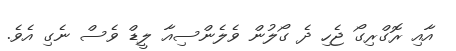
އާއި ރޮގްރިގޯ ޖެހި ދެ ގޯލުން ވެލެންސިއާ ލީޑް ވެސް ނެގި އެވެ.